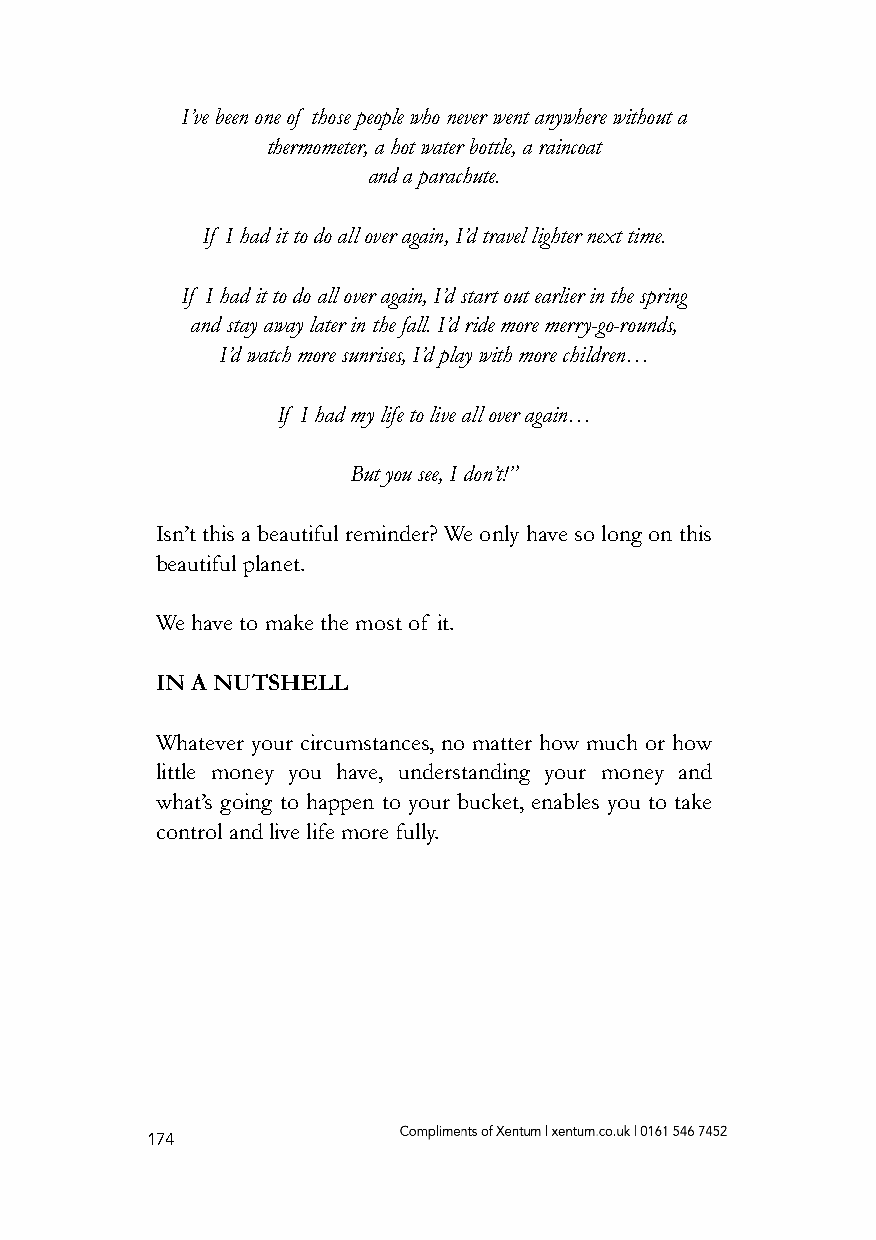
I’ve been one of those people who never went anywhere without a
 thermometer, a hot water bottle, a raincoat
 and a parachute.
 If I had it to do all over again, I’d travel lighter next time.
 If I had it to do all over again, I’d start out earlier in the spring
 and stay away later in the fall. I’d ride more merry-go-rounds,
 I’d watch more sunrises, I’d play with more children…
 If I had my life to live all over again…
 But you see, I don’t!”
 Isn’t this a beautiful reminder? We only have so long on this
 beautiful planet.
 We have to make the most of it.
 IN A NUTSHELL
 Whatever your circumstances, no matter how much or how
 little money you have, understanding your money and
 what’s going to happen to your bucket, enables you to take
 control and live life more fully.
 174